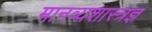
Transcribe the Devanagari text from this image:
मानव्यशास्त्रज्ञ